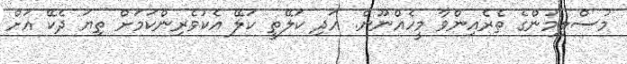
މުސްލިމުންގެ ތެރެއިންވާ މީހެއްނޫން. އަދި ކަލޭތީ ކަލޭ އެކުވެރިންކަމަށް ތިޔަ ދެކޭ އަށް